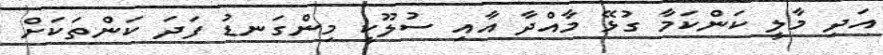
އަދި މާލީ ކަންކަމާ ގުޅޭ މާއްދާ އާއި ސުލޫކީ މިންގަނޑު ފަދަ ކަންތަކަށް